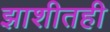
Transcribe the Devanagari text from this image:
झाशीतही